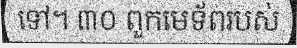
ទៅ។ ៣០ ពួកមេទ័ពរបស់